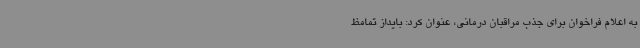
به اعلام فراخوان برای جذب مراقبان درمانی، عنوان کرد: بایداز تمامظ